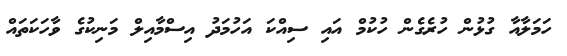
ހަމަލާއާ ގުޅުން ހުރެގެން ހުކުމް އައި ސިއްކަ އަހުމަދު އިސްމާއިލް މަނިކުގެ ވާހަކަތައް